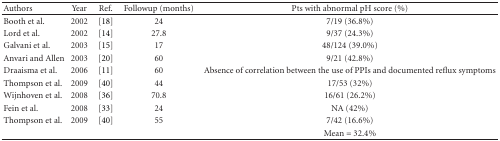
| Authors | Year | Ref. | Followup (months) | Pts with abnormal pH score (%) |
 | --- | --- | --- | --- | --- |
 | Booth et al. | 2002 | [18] | 24 | 7/19 (36.8%) |
 | Lord et al. | 2002 | [14] | 27.8 | 9/37 (24.3%) |
 | Galvani et al. | 2003 | [15] | 17 | 48/124 (39.0%) |
 | Anvari and Allen | 2003 | [20] | 60 | 9/21 (42.8%) |
 | Draaisma et al. | 2006 | [11] | 60 | Absence of correlation between the use of PPIs and documented reflux symptoms |
 | Thompson et al. | 2009 | [40] | 44 | 17/53 (32%) |
 | Wijnhoven et al. | 2008 | [36] | 70.8 | 16/61 (26.2%) |
 | Fein et al. | 2008 | [33] | 24 | NA (42%) |
 | Thompson et al. | 2009 | [40] | 55 | 7/42 (16.6%) |
 |  |  |  |  | Mean = 32.4% |